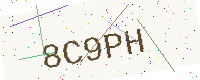
Text: 8C9PH